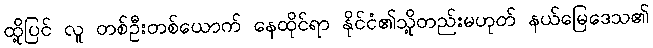
ထို့ပြင် လူ တစ်ဦးတစ်ယောက် နေထိုင်ရာ နိုင်ငံ၏သို့တည်းမဟုတ် နယ်မြေဒေသ၏